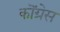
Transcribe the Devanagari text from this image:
कॊंग्रेस